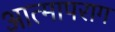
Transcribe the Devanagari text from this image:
आत्मापराग